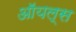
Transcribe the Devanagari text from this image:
ऑयल्स